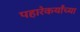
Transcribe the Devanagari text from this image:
पहारेकर्यांच्या